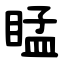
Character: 䁅